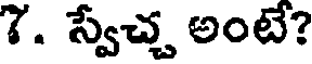
7. స్వేచ్చ అంటే?